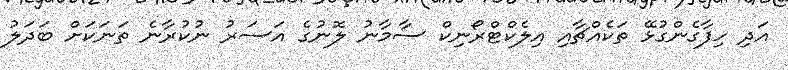
އަދި ހިފާގެންގުޅޭ ތަކެއްޗާއި އިލެކްޓްރޯނިކް ސާމާނު ލޮނުގެ އަސަރު ނުކުރާނެ ތަނަކަށް ބަދަލު